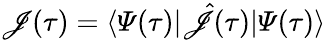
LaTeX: \mathscr{J}(\tau)=\langle\varPsi(\tau)\vert\hat{{\mathscr{J}}}(\tau)\vert\varPsi(\tau)\rangle